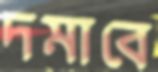
দমাবে